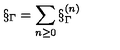
\S _ { \Gamma } = \sum _ { n \ge 0 } \S _ { \Gamma } ^ { ( n ) }